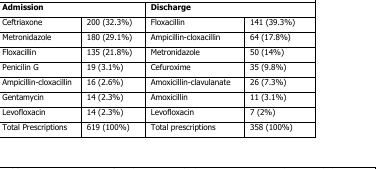
<table><thead><tr><td colspan="2"><b>Admission</b></td><td colspan="2"><b>Discharge</b></td></tr></thead><tbody><tr><td>Ceftriaxone</td><td>200 (32.3%)</td><td>Floxacillin</td><td>141 (39.3%)</td></tr><tr><td>Metronidazole</td><td>180 (29.1%)</td><td>Ampicillin-cloxacillin</td><td>64 (17.8%)</td></tr><tr><td>Floxacillin</td><td>135 (21.8%)</td><td>Metronidazole</td><td>50 (14%)</td></tr><tr><td>Penicilin G</td><td>19 (3.1%)</td><td>Cefuroxime</td><td>35 (9.8%)</td></tr><tr><td>Ampicillin-cloxacillin</td><td>16 (2.6%)</td><td>Amoxicillin-clavulanate</td><td>26 (7.3%)</td></tr><tr><td>Gentamycin</td><td>14 (2.3%)</td><td>Amoxicillin</td><td>11 (3.1%)</td></tr><tr><td>Levofloxacin</td><td>14 (2.3%)</td><td>Levofloxacin</td><td>7 (2%)</td></tr><tr><td>Total Prescriptions</td><td>619 (100%)</td><td>Total prescriptions</td><td>358 (100%)</td></tr></tbody></table>